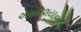
અવકાશયાનોનો